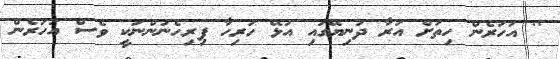
'' އަހަރެން ހިތަށް އަރާ ދުނިޔޭގައި އުޅޭ ހުރިހާ ފިރިހެނުންނަކީ ވެސް އަހަރެން